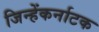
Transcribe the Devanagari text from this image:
जिन्हेंकर्नाटक